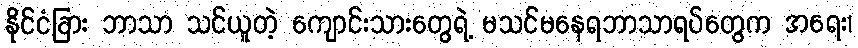
နိုင်ငံခြား ဘာသာ သင်ယူတဲ့ ကျောင်းသားတွေရဲ့ မသင်မနေရဘာသာရပ်တွေက အရေး၊